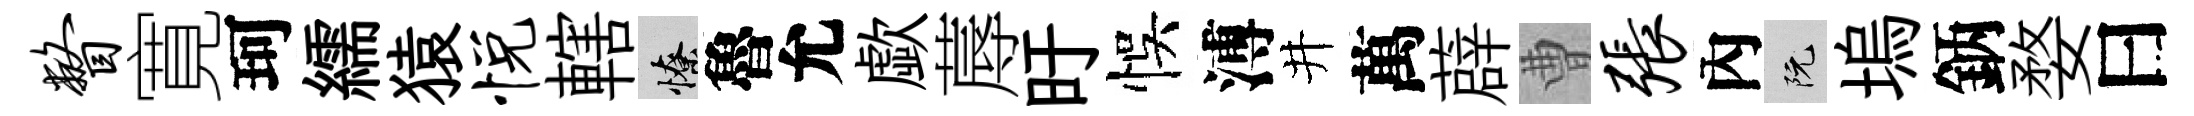
瞥寛珂繻猿悦轄憭魯允歔蓐旴悞溥井萬薜曹张內阮塢鈵婺曰